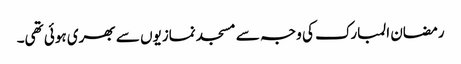
رمضان المبارک کی وجہ سے مسجد نمازیوں سے بھری ہوئی تھی۔